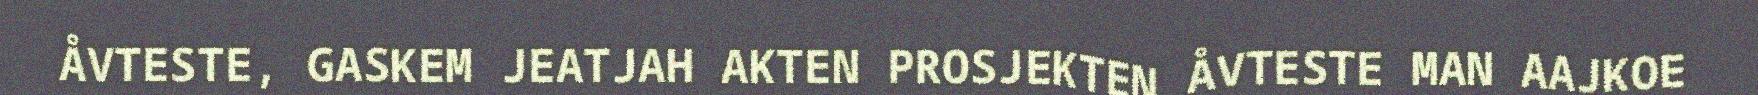
ÅVTESTE, GASKEM JEATJAH AKTEN PROSJEKTEN ÅVTESTE MAN AAJKOE